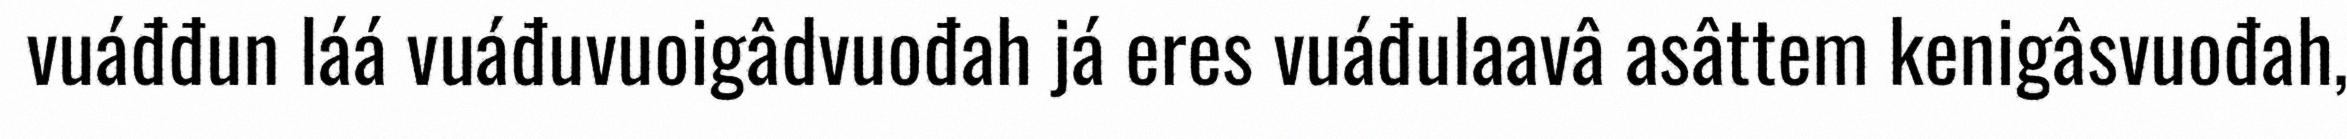
vuáđđun láá vuáđuvuoigâdvuođah já eres vuáđulaavâ asâttem kenigâsvuođah,